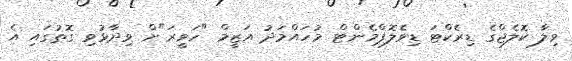
ވިލާ ކޮލެޖްގެ ޑިރެކްޓަ ޑިވެލޮޕްމެންޓް މުހައްމަދު އަޒީމް "ހަވީރަ"ށް ވިދާޅުވި ގޮތުގައި އެ